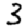
Digit: 3